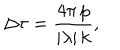
LaTeX: \Delta \tau = \frac { 4 \pi \, p } { | \lambda | \, k } ,